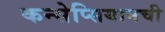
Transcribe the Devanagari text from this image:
कन्सेप्सियानची